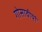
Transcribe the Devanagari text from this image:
गोसावीयां